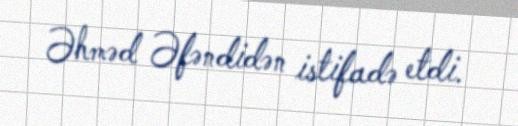
Əhməd Əfəndidən istifadə etdi.